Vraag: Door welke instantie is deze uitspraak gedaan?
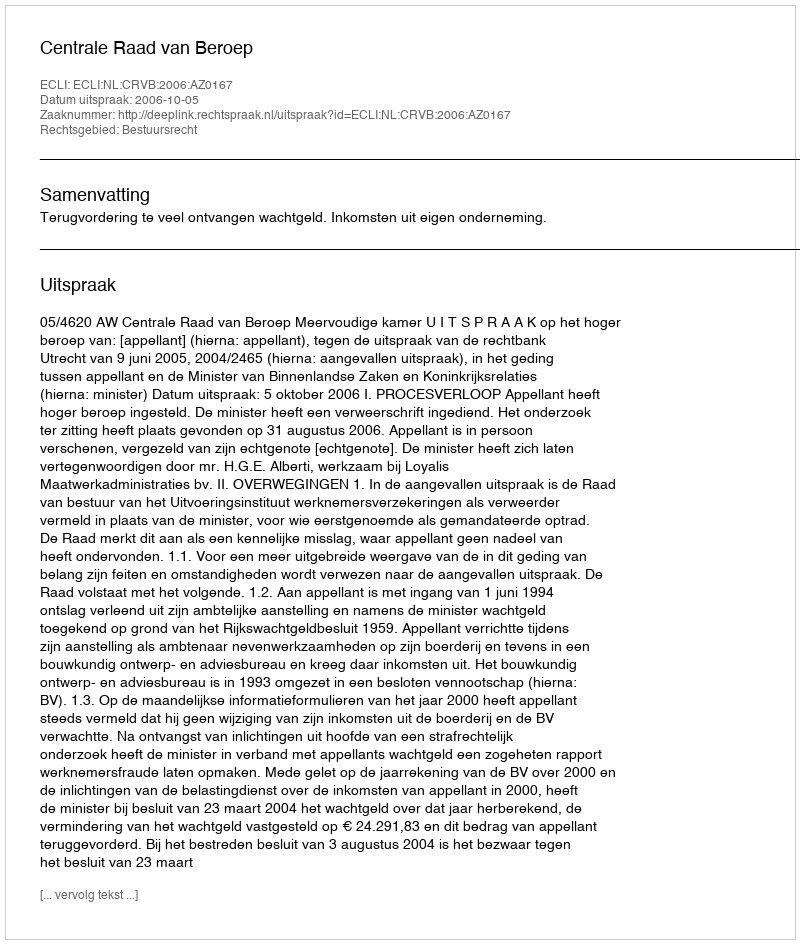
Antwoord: Centrale Raad van Beroep